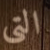
التى